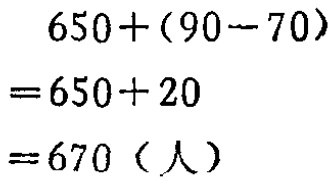
\[
\begin{align*}
&650+(90 - 70)\\
=&650 + 20\\
=&670(\text{人})
\end{align*}
\]